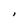
Character: I